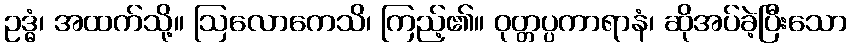
ဥဒ္ဓံ၊ အထက်သို့။ ဩလောကေသိ၊ ကြည့်၏။ ဝုတ္တပ္ပကာရာနံ၊ ဆိုအပ်ခဲ့ပြီးသော